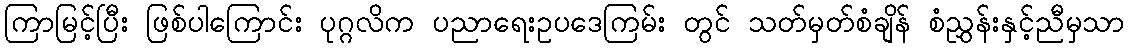
ကြာမြင့်ပြီး ဖြစ်ပါကြောင်း ပုဂ္ဂလိက ပညာရေးဥပဒေကြမ်း တွင် သတ်မှတ်စံချိန် စံညွှန်းနှင့်ညီမှသာ